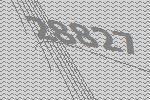
28827